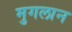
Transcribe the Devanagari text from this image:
मुगलान